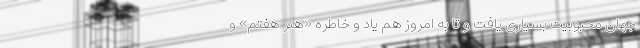
جهان محبوبیت بسیاری یافت و تا به امروز هم یاد و خاطره «هنر هفتم» و